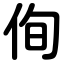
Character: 侚